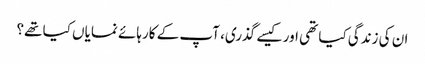
ان کی زندگی کیا تھی اور کیسے گذری، آپ کے کارہائے نمایاں کیا تھے؟